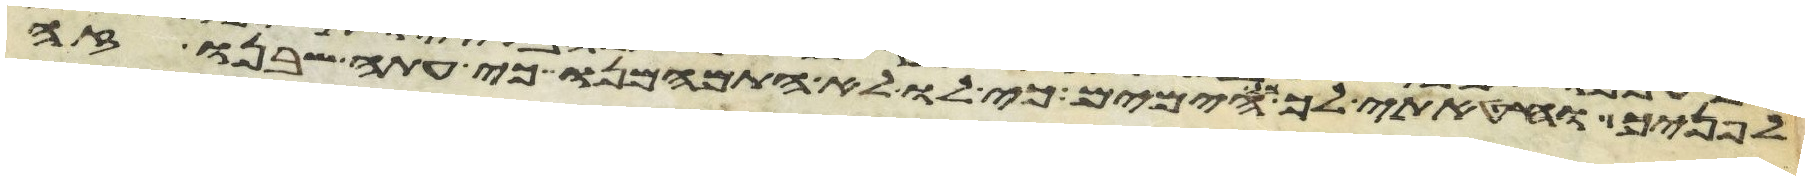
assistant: לפניך וחטאתי לך כל הימים כי לו לא התמהמנו כי עתה שבנו זה